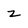
Character: z